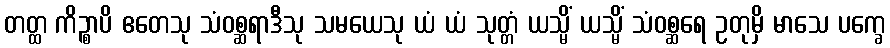
တတ္ထ ကိဉ္စာပိ ဧတေသု သံဝစ္ဆရာဒီသု သမယေသု ယံ ယံ သုတ္တံ ယသ္မိံ ယသ္မိံ သံဝစ္ဆရေ ဥတုမှိ မာသေ ပက္ခေ